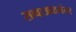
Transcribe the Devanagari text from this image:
सव्वाआठनंतर